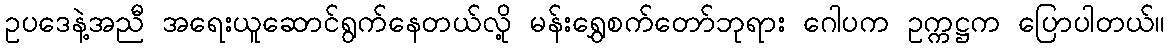
ဥပဒေနဲ့အညီ အရေးယူဆောင်ရွက်နေတယ်လို့ မန်းရွှေစက်တော်ဘုရား ဂေါပက ဥက္ကဋ္ဌက ပြောပါတယ်။